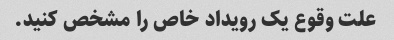
علت وقوع یک رویداد خاص را مشخص کنید.